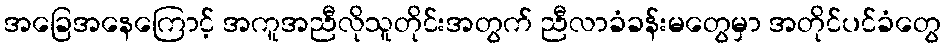
အခြေအနေကြောင့် အကူအညီလိုသူတိုင်းအတွက် ညီလာခံခန်းမတွေမှာ အတိုင်ပင်ခံတွေ